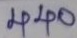
440